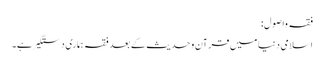
فقہ واصول:
اسلامی دنیا میں قرآن وحدیث کے بعد فقہ ہماری دستگیر ہے۔